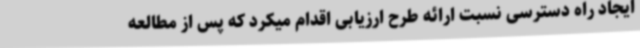
ایجاد راه دسترسی نسبت ارائه طرح ارزیابی اقدام میکرد که پس از مطالعه